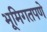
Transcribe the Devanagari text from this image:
भूमिगतपणे